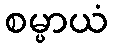
စမ္ပာယံ